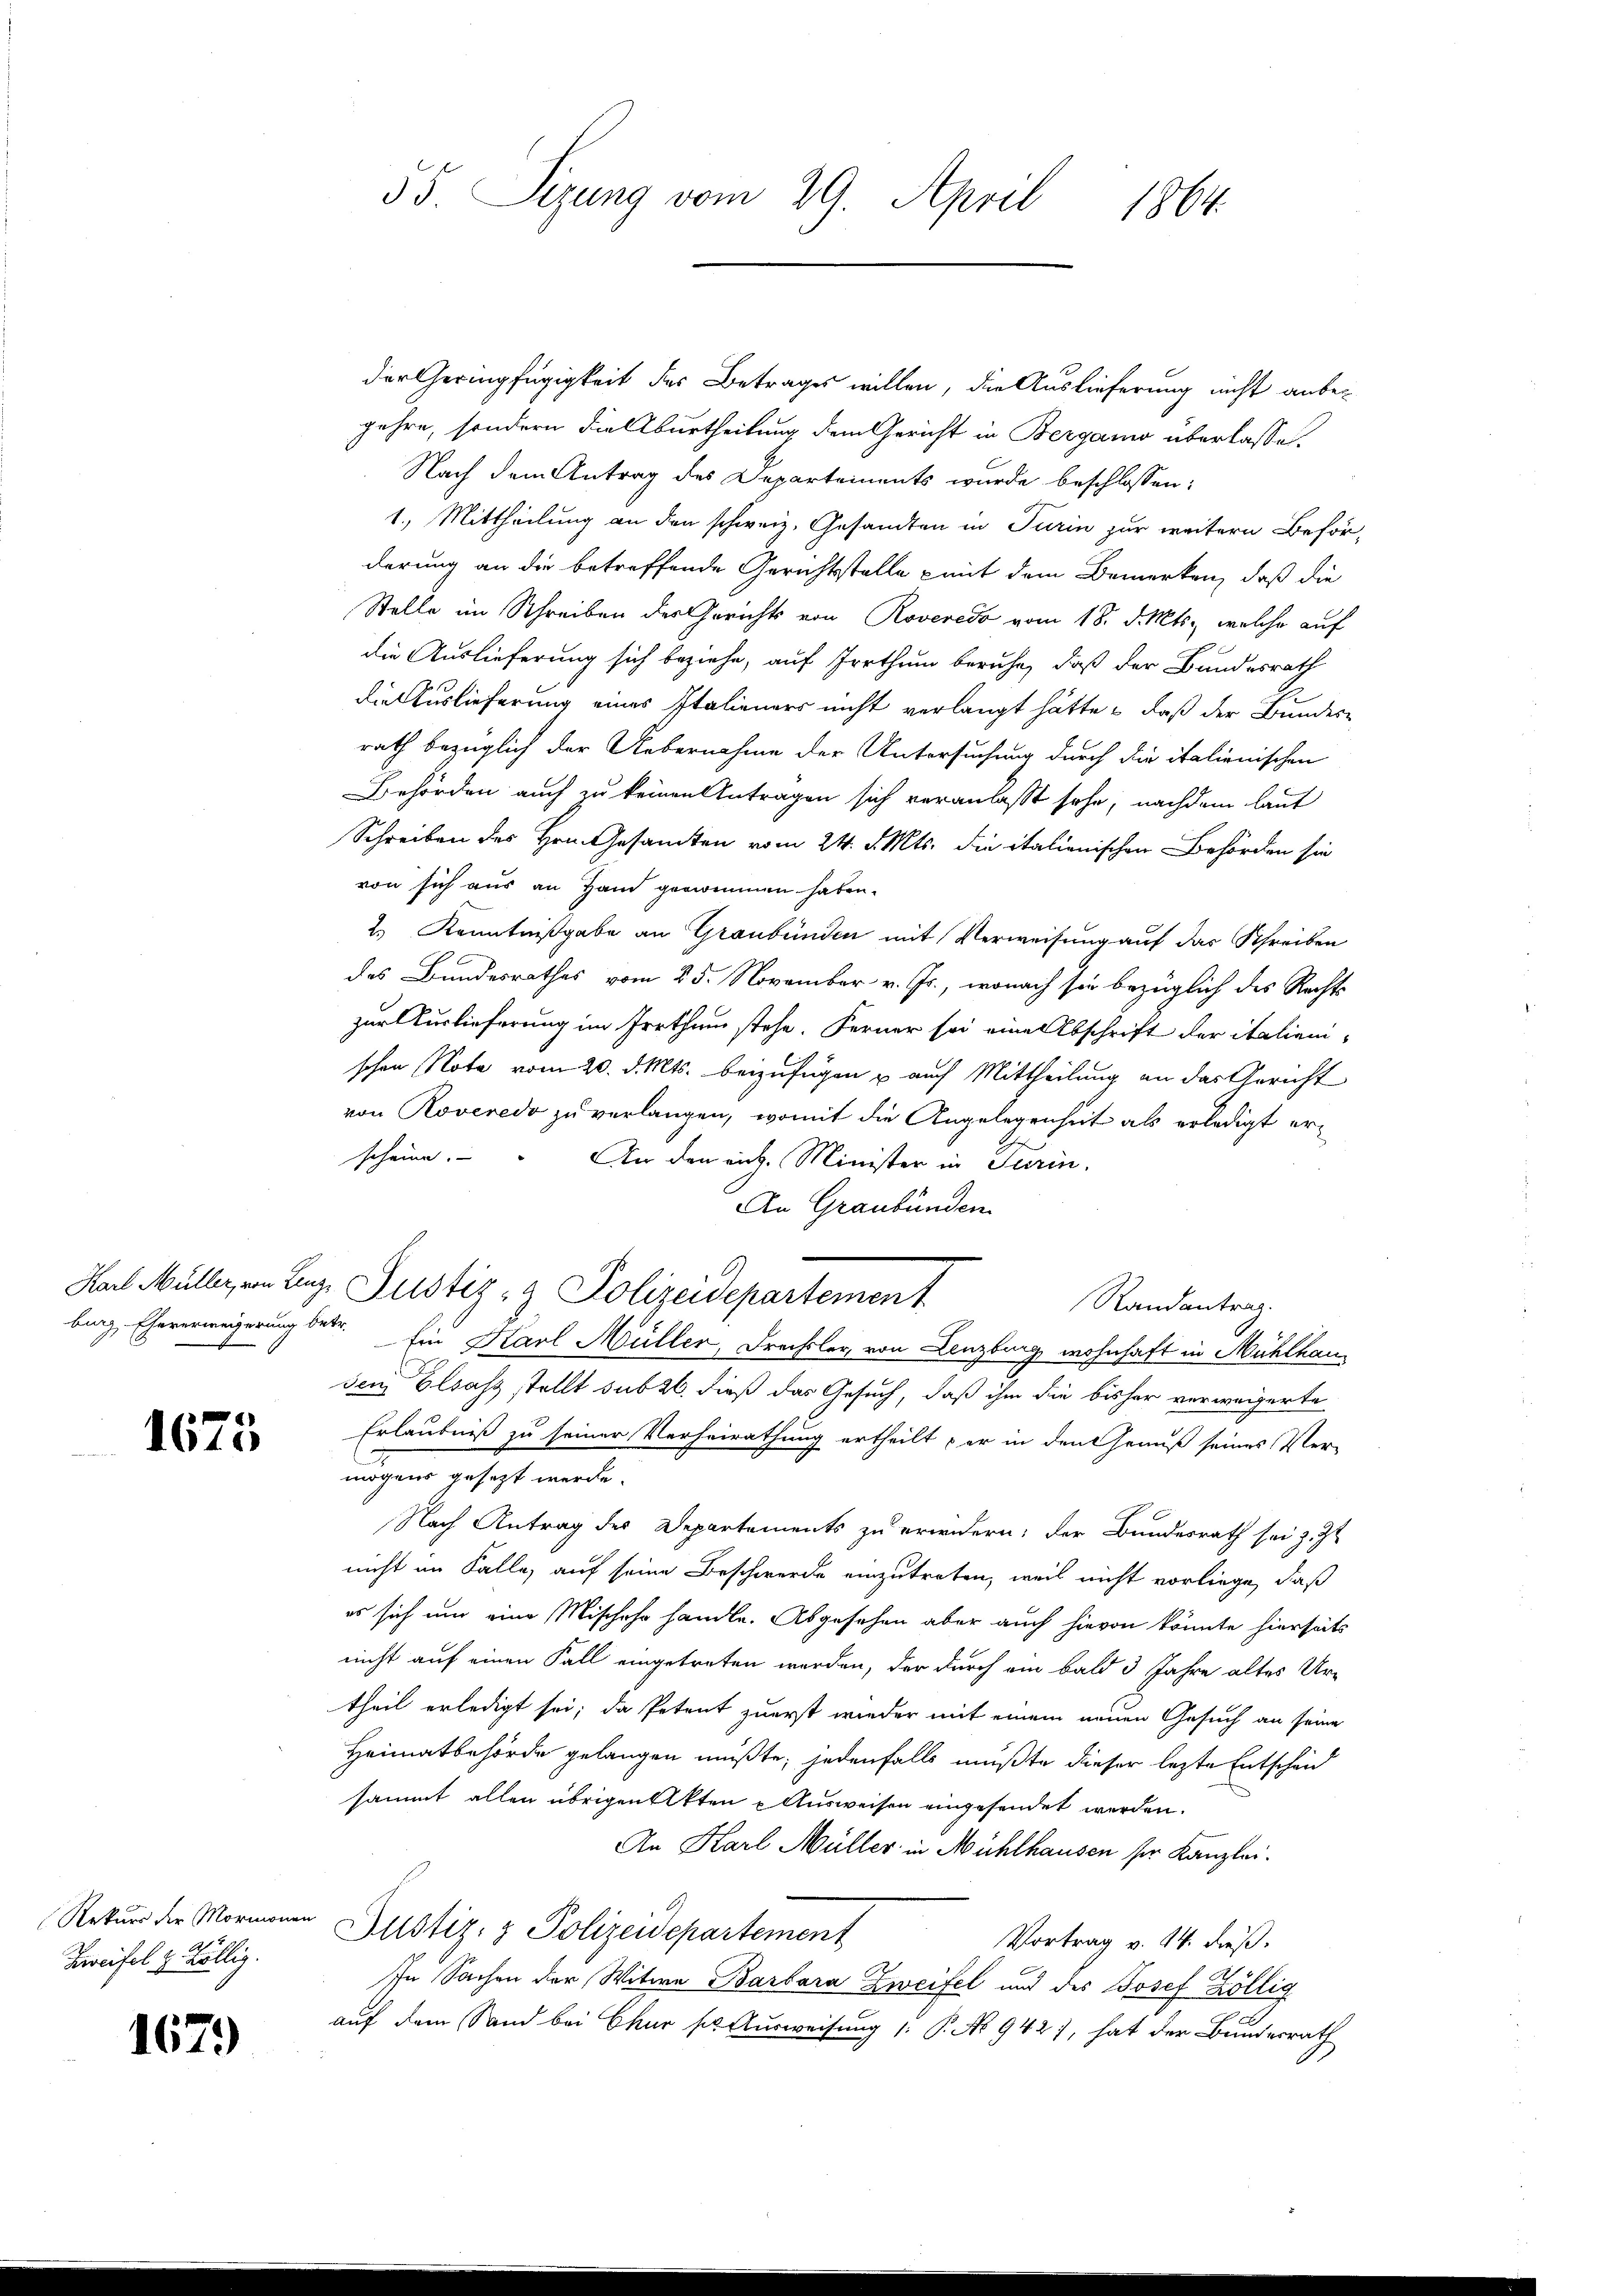
1675

Rekurs der Mormona
Zweifel u. Völlig.

1679

der Geringfügigkeit des Betrages willen, die Auslieferung nicht anbegehre, sondern dieburtheilung dem Gericht in Bergamo überlasse.
Nach dem Antrag des Departements wurde beschlossen:
1.) Mittheilung an den schweiz. Gesandten in Turin zur weitern Beförderung an die betreffende Gerichtsstelle mit dem Bemerken, daß die
Stelle im Schreiben des Gerichts von Roveredo vom 18. d. Mts., welche auf
die Auslieferung sich beziehe, auf Irrthum beruhe, daß der Bundesrath
die Auslieferung eines Italieners nicht verlangt hätte, daß der Bundese
rath bezüglich der Uebernahme der Untersuchung durch die italienischen
Behörden auch zu keinen Antragen sich veranlasst sehe, nachdem laut
Schreiben des Hrn. Gesamten vom 24. d. Mts. die italienischen Behörden sie
von sich aus an Hand genommen haben.
2.) Kenntnißgabe an Graubünden mit Verweisung auf das Schreiben
des Bundesrathes vom 25. November v. Js., wonach sie bezüglich des Rechts
zur Auslieferung im Irrthum stehe. Ferner sei eine Abschrift der italiani-
schen Note vom 20. d. Mts. beizufügen u auch Mittheilung an das Gericht
von Roveredo zu verlangen, womit die Angelegenheit als erledigt erscheine.
An den eich. Minister in Turin.
An Graubünden
Karl Müller, von Linz. Justiz- & Polizeidepartement
Randantrag.
burg, Eheverweigerung betr. Ein Karl Müller, Frechsler, von Lenzburg wohnhaft in Mühlhau
sem Elsass stellt sub 26. dieß das Gesuch, daß ihm die bisher verweigerte
Erlaubniß zu seiner Verheirathung ertheilt er in den Genuß seines Ver-
mögens gesezt werde.
Nach Antrag der Departements zu erwidern; der Bundesrath sei z. Zt
nicht im Falle, auf seine Beschwerde einzutreten, weil nicht vorliege, daß
es sich um eine Mischehr handle. Abgesehen aber auch hievon könnte hierseits
nicht auf einen Fall eingetreten worden, der durch ein bald 3 Jahre altes Urtheil erledigt sei; da Petent zuerst wieder mit einem neuen Gesuch an seine
Heimatbehörde gelangen müßte; jedenfalls mußte dieser lezte Entscheid
sammt allen übrigen Akten Ausweisen eingesendet werden.
An Karl Müller in Mühlhausen ser Kanzlei.
u Justiz- & Polizeidepartement
Vortrag v. 14. dieß.
In Sachen der Witwe Barbara Zweifel und des Josef Köllig
auf dem Sand bei Chur ser Ausweisung /: P. No 942), hat der Bundesrath

55. Sizung vom 29. April 1864.